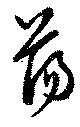
蕩